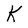
Character: K